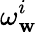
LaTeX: \omega_{\mathbf{w}}^{i}